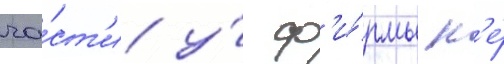
ча́ст'и у́ ф'и́рмы н'е́